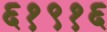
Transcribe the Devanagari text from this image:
६१९१६